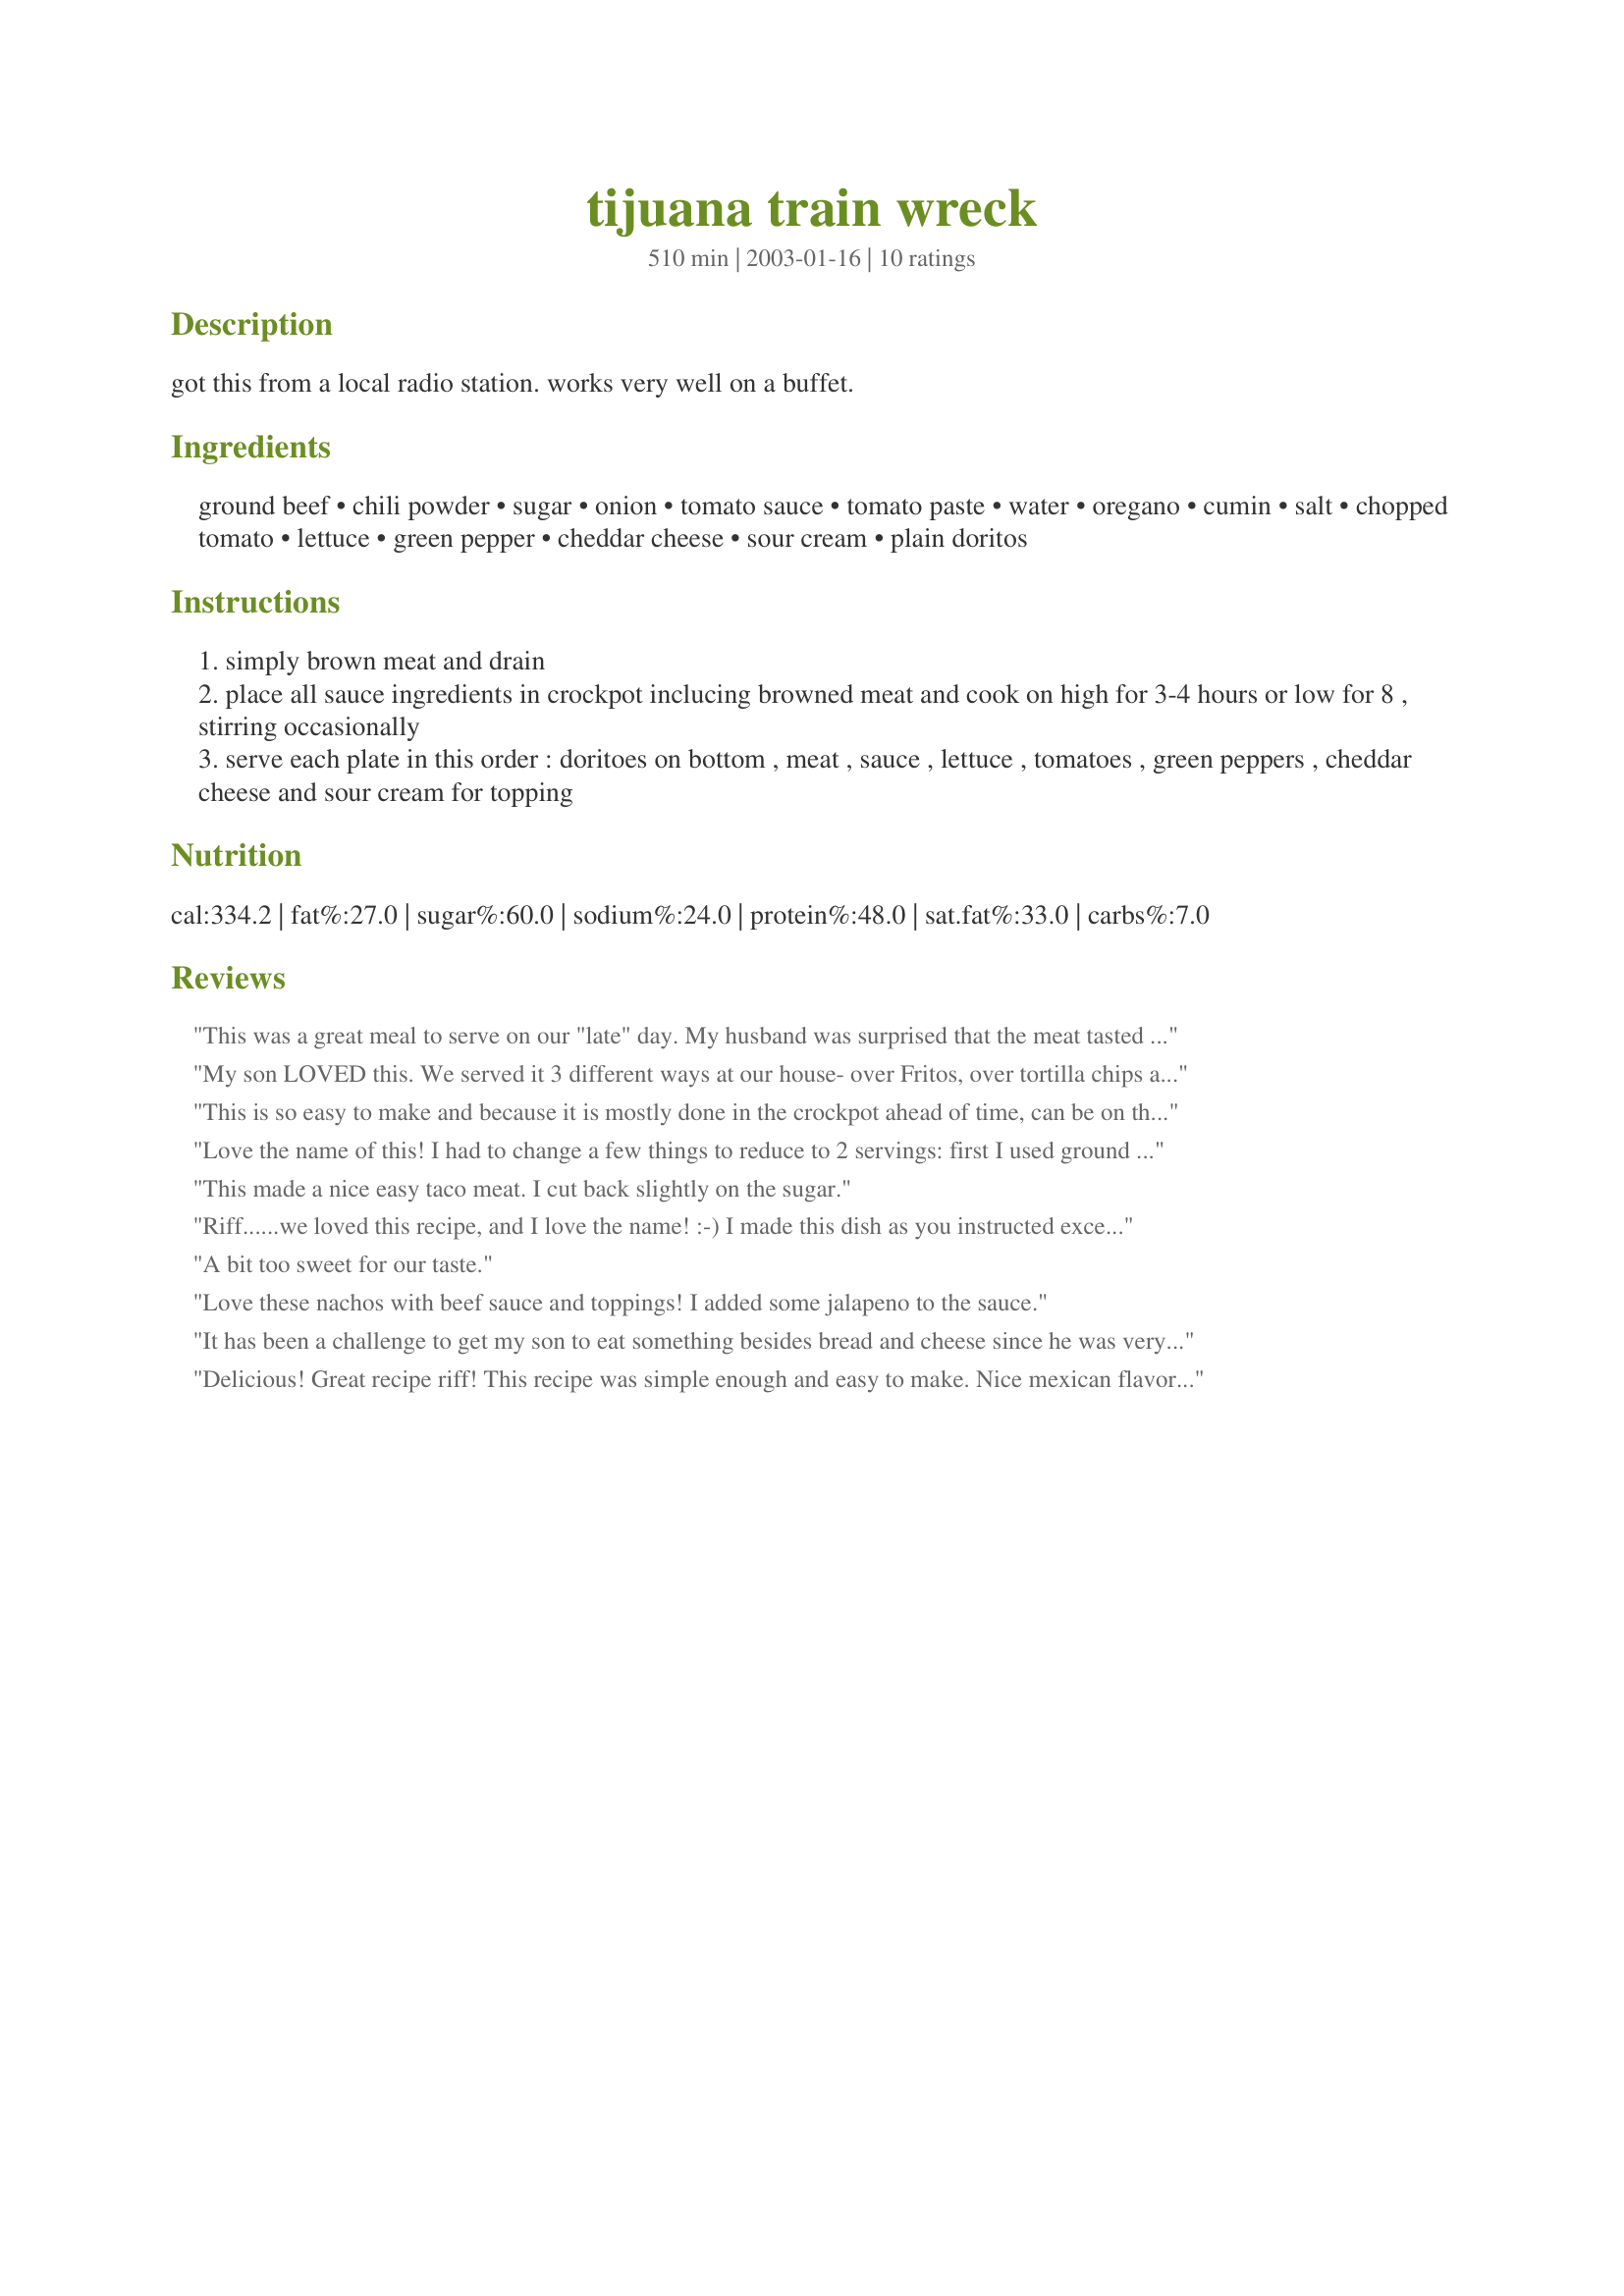
tijuana train wreck
Preparation time: 510 minutes

got this from a local radio station. works very well on a buffet.

Ingredients:
ground beef, chili powder, sugar, onion, tomato sauce, tomato paste, water, oregano, cumin, salt, chopped tomato, lettuce, green pepper, cheddar cheese, sour cream, plain doritos

Steps:
simply brown meat and drain
place all sauce ingredients in crockpot inclucing browned meat and cook on high for 3-4 hours or low for 8 , stirring occasionally
serve each plate in this order : doritoes on bottom , meat , sauce , lettuce , tomatoes , green peppers , cheddar cheese and sour cream for topping

Reviews:
This was a great meal to serve on our "late" day. My husband was surprised that the meat tasted a lot like chili. We all enjoyed it, thank you!
My son LOVED this. We served it 3 different ways at our house- over Fritos, over tortilla chips and in tortillas - and they were all good. I used 2 tablespoonfuls of cumin and 1 tablespoon of oregano. I also added a can of diced green chiles. This stuff was GREAT! I also posted this to my Facebook page and got lots of inquiries about the name!
This is so easy to make and because it is mostly done in the crockpot ahead of time, can be on the table in minutes. I added about 1/8 tsp of red pepper flakes as well to spice it up even more. I also used a mixture of cheddar and jack cheese and popped the dish in the microwave for just a few seconds to melt the cheese. This is a keeper. It's simple enough that even the kids can make it, so it's going into their cookbooks as well.
Love the name of this! I had to change a few things to reduce to 2 servings: first I used ground turkey, added 1 tablespoon Recipe #38756 for spices, used 1 cup V-8 in place of tomato sauce and water, and a few squirts from a tube of tomato paste for a great "meat" sauce. In the toppings I subbed black olives for green pepper( one of my faves vs. heartburn LOL), and used Recipe #39350 to save fat and calories! This is a fiesta on a plate! Thanks for posting riffraff. Made for When It's Hot Tag Game.
This made a nice easy taco meat. I cut back slightly on the sugar.
Riff......we loved this recipe, and I love the name! :-) I made this dish as you instructed except I used Splenda and cut the amount to 1 Tbsp. It worked well for us. I used regular chili powder since it had the oregano and garlic powder already added. The flavors were really delightful. This is an easy recipe to make. Easy and clear directions made sure that I didn't mess up! Thanks for sharing this wonderful recipe. I have already printed it out for my t&t cookbook.
A bit too sweet for our taste.
Love these nachos with beef sauce and toppings! I added some jalapeno to the sauce.
It has been a challenge to get my son to eat something besides bread and cheese since he was very young. It is not as bad as it used to be but he is by far the pickiest eater in my family. So when he likes something new, it goes down in the record book. He loved this, riffraff. We all loved it but it is more noteworthy to me because he loved it. I used 2 t. dried oregano, 1/2 t. cumin and 1/2 of a 15 oz. can tomato sauce. We each liked different toppings so we could please ourselves. Thanks for sharing this recipe.
Delicious! Great recipe riff! This recipe was simple enough and easy to make. Nice mexican flavor.A bit sweet but still delicious. I think it would make for a nice spaghetti sauce too. Thanks for sharing riff!
